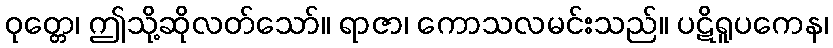
ဝုတ္တေ၊ ဤသို့ဆိုလတ်သော်။ ရာဇာ၊ ကောသလမင်းသည်။ ပဋိရူပကေန၊